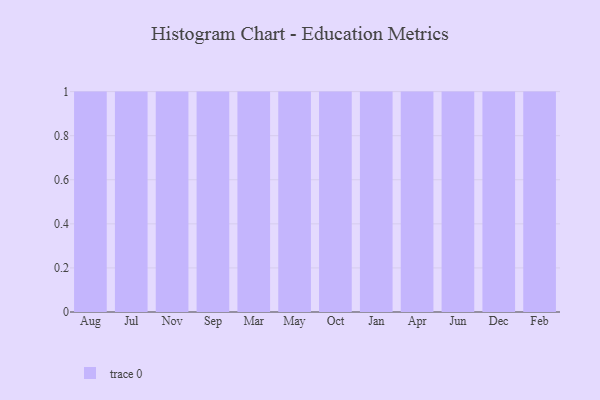
{"axis": {"x": "Month", "y": "LTV (USD)"}, "legend": [""], "data": [{"x": "Aug", "y": 36, "type": ""}, {"x": "Jul", "y": 25, "type": ""}, {"x": "Nov", "y": 20, "type": ""}, {"x": "Sep", "y": 98, "type": ""}, {"x": "Mar", "y": 100, "type": ""}, {"x": "May", "y": 73, "type": ""}, {"x": "Oct", "y": 26, "type": ""}, {"x": "Jan", "y": 45, "type": ""}, {"x": "Apr", "y": 36, "type": ""}, {"x": "Jun", "y": 56, "type": ""}, {"x": "Dec", "y": 33, "type": ""}, {"x": "Feb", "y": 48, "type": ""}]}